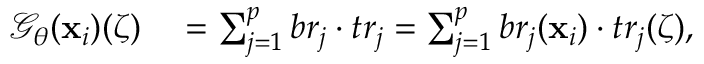
\begin{array} { r l } { \mathcal G _ { \boldsymbol \theta } ( \mathbf { x } _ { i } ) ( \zeta ) } & { { } = \sum _ { j = 1 } ^ { p } b r _ { j } \cdot t r _ { j } = \sum _ { j = 1 } ^ { p } b r _ { j } ( \mathbf { x } _ { i } ) \cdot t r _ { j } ( \zeta ) , } \end{array}